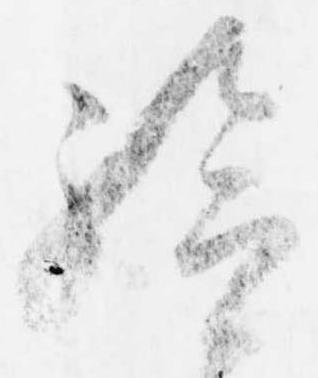
給